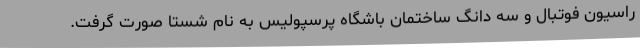
راسیون فوتبال و سه دانگ ساختمان باشگاه پرسپولیس به نام شستا صورت گرفت.